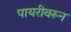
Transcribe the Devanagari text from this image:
पायरीवरून